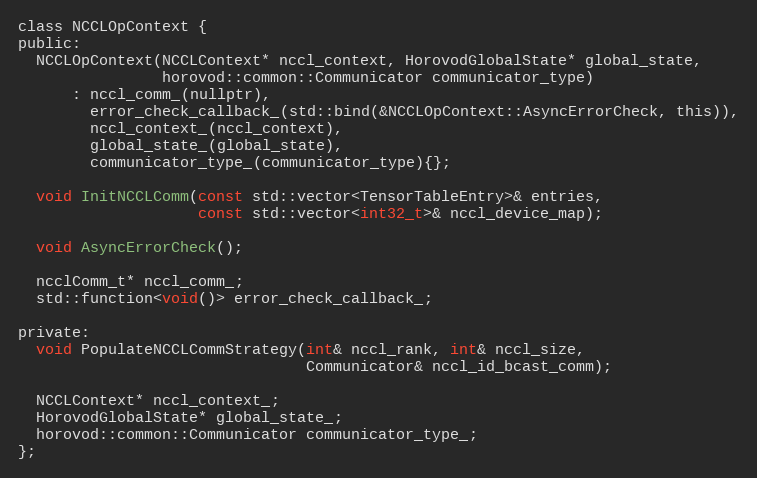
Language: C
class NCCLOpContext {
public:
  NCCLOpContext(NCCLContext* nccl_context, HorovodGlobalState* global_state,
                horovod::common::Communicator communicator_type)
      : nccl_comm_(nullptr),
        error_check_callback_(std::bind(&NCCLOpContext::AsyncErrorCheck, this)),
        nccl_context_(nccl_context),
        global_state_(global_state),
        communicator_type_(communicator_type){};

  void InitNCCLComm(const std::vector<TensorTableEntry>& entries,
                    const std::vector<int32_t>& nccl_device_map);

  void AsyncErrorCheck();

  ncclComm_t* nccl_comm_;
  std::function<void()> error_check_callback_;

private:
  void PopulateNCCLCommStrategy(int& nccl_rank, int& nccl_size,
                                Communicator& nccl_id_bcast_comm);

  NCCLContext* nccl_context_;
  HorovodGlobalState* global_state_;
  horovod::common::Communicator communicator_type_;
};